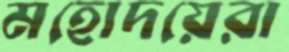
মহোদয়েরা